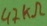
Text: 47KΩ